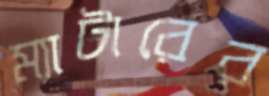
ম্যাটারের